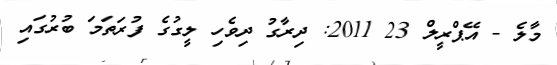
މާލެ - އޭޕްރީލް 23 2011: ދިރާގު ދިވެހި ލީގުގެ ފުރަތަމަ ބުރުގައި